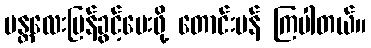
မန္တလေးပြန်ခွင့်ပေးဖို့ တောင်းပန် ကြပါတယ်။